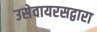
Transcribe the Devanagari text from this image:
उसेवायरसद्वारा